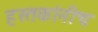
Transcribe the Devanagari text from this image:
हस्तकांनीच